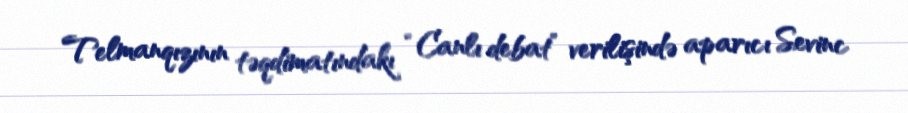
Telmanqızının təqdimatındakı “Canlı debat” verilişində aparıcı Sevinc